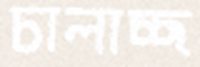
চালাচ্ছ